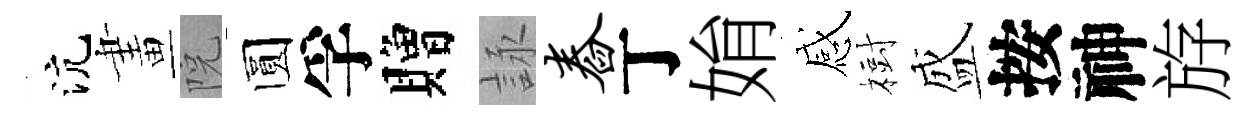
沆畫院圆孚贈詠舂丁姢感𣗳盛按神斿